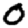
Digit: 0